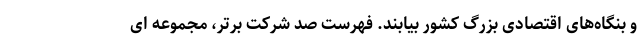
و بنگاه‌های اقتصادی بزرگ کشور بیابند. فهرست صد شرکت برتر، مجموعه ای